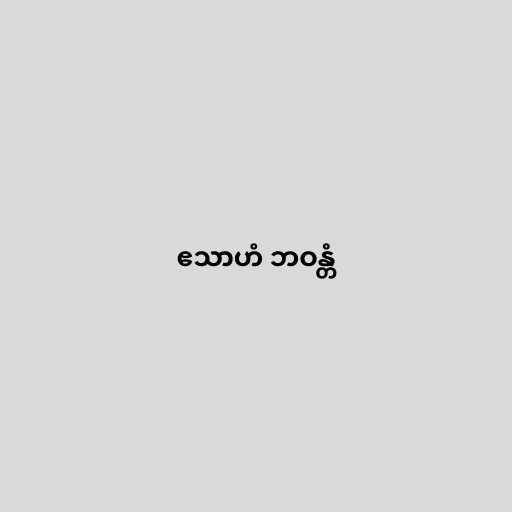
ဧသာဟံ ဘဝန္တံ